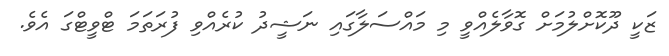
ޒަކީ ދޫކޮށްލުމަށް ގޮވާލެއްވީ މި މައްސަލާގައި ނަޝީދު ކުރެއްވި ފުރަތަމަ ޓްވީޓްގަ އެވެ.